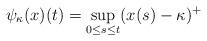
LaTeX: \begin{align*}\psi_\kappa(x)(t) = \sup_{0\le s \le t}(x(s) - \kappa)^+\end{align*}